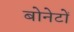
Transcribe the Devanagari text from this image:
बोनेटों